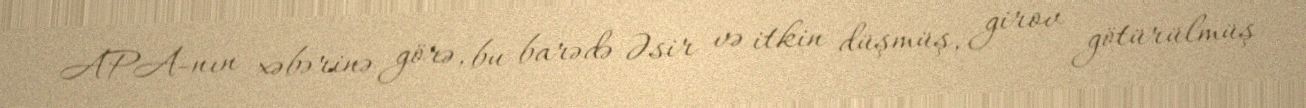
APA-nın xəbərinə görə, bu barədə Əsir və itkin düşmüş, girov götürülmüş